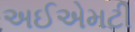
અઈએમટી